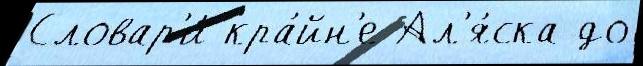
Словар'и́ кра́йн'е Ал'я́ска до